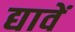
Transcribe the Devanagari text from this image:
द्यावें